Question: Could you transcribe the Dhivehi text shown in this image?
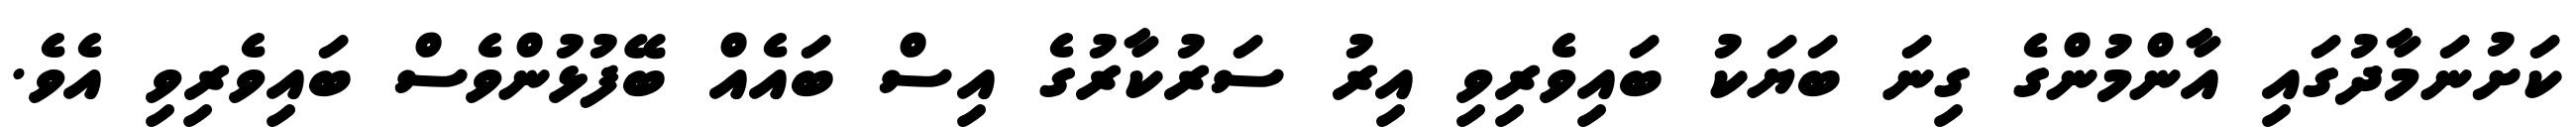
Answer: ކަށުނަމާދުގައި އާންމުންގެ ގިނަ ބަޔަކު ބައިވެރިވި އިރު ސަރުކާރުގެ އިސް ބައެއް ބޭފުޅުންވެސް ބައިވެރިވި އެވެ.